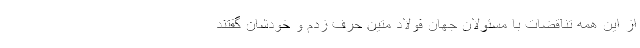
از این همه تناقضات با مسئولان جهان فولاد متین حرف زدم و خودشان گفتند